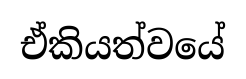
ඒකියත්වයේ